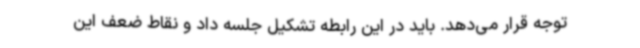
توجه قرار می‌دهد. باید در این رابطه تشکیل جلسه داد و نقاط ضعف این